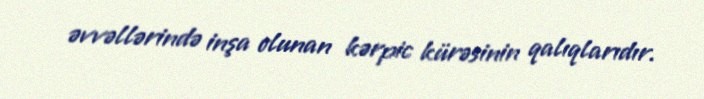
əvvəllərində inşa olunan kərpic kürəsinin qalıqlarıdır.